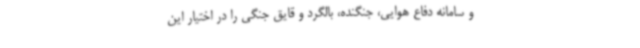
و سامانه دفاع هوایی، جنگنده، بالگرد و قایق جنگی را در اختیار این